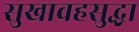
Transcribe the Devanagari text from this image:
सुखावहसुद्धा